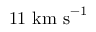
1 1 ~ \mathrm { k m ~ s } ^ { - 1 }